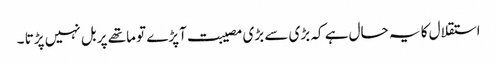
استقلال کا یہ حال ہے کہ بڑی سے بڑی مصیبت آپڑے تو ماتھے پر بل نہیں پڑتا ۔